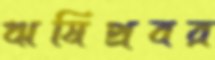
ঋষিপ্রবর